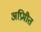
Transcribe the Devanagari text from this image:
अप्रिमीत